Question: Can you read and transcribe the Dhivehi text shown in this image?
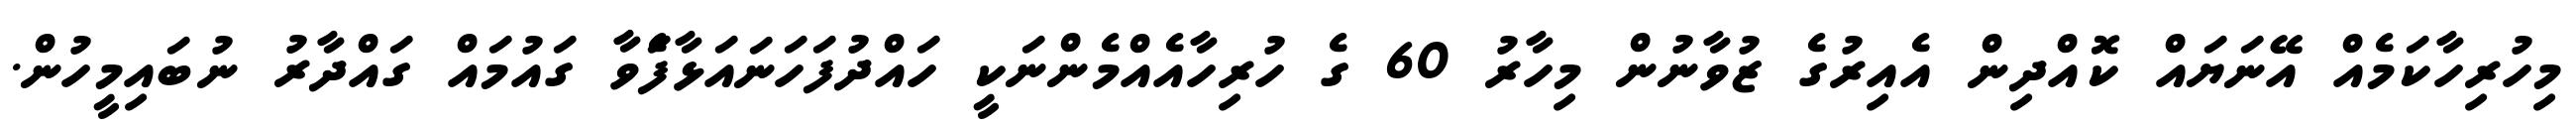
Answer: މިހުރިހާކަމެއް އޭނަޔައް ކޮއްދިން އެއިރުގެ ޒުވާނުން މިހާރު 60 ގެ ހުރިހާއެއްމެންނަކީ ހައްދުފަހަނައަޅާފަެވާ ގައުމައް ގައްދާރު ނުބައިމީހުން.